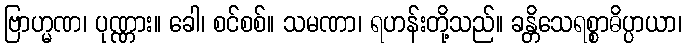
ဗြာဟ္မဏ၊ ပုဏ္ဏား။ ခေါ၊ စင်စစ်။ သမဏာ၊ ရဟန်းတို့သည်။ ခန္တိသေရစ္စာဓိပ္ပာယာ၊